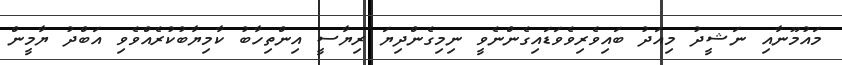
މައުމޫނާއި ނަޝީދު މިއަދު ބައިވެރިވެވަޑައިގެންނެވީ ނިމިގެންދިޔަ ރިޔާސީ އިންތިހާބު ކާމިޔާބުކުރެއްވެވި އަބްދު ޔާމީން